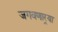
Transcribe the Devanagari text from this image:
जगवणार्‍या